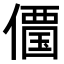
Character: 𠏹